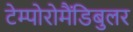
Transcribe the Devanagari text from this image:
टेम्पोरोमैंडिबुलर